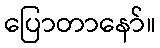
ပြောတာနော်။